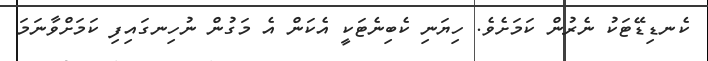
ކެނޑިޑޭޓަކު ނެރުން ކަމަށެވެ. ހިޔަނި ކެބިނެޓަކީ އެކަން އެ މަގުން ނުހިނގައިފި ކަމަށްވާނަމަ